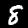
Label: 8